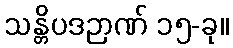
သန္တိပဒဉာဏ် ၁၅-ခု။